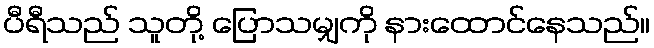
ပီရီသည် သူတို့ ပြောသမျှကို နားထောင်နေသည်။